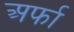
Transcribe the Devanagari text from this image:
अर्फा